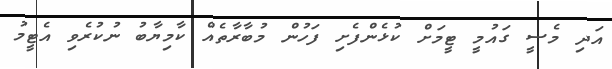
އަދި މެސީ ގައުމީ ޓީމަށް ކުޅެންފެށި ފަހުން މުބާރާތެއް ކާމިޔާބު ނުކުރެވި އެޓީމު